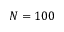
N = 1 0 0